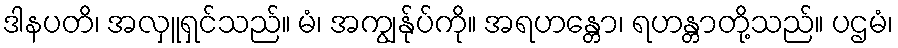
ဒါနပတိ၊ အလှူရှင်သည်။ မံ၊ အကျွန်ုပ်ကို။ အရဟန္တော၊ ရဟန္တာတို့သည်။ ပဌမံ၊